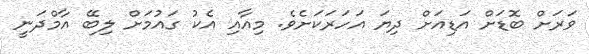
ވަރަށް ބޮޑަށް އަޑިއަށް ދިޔަ އަހަރަކަށެވެ. މިއާއި އެކު ގައުމަށް ލިބޭ އާމްދަނީ